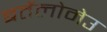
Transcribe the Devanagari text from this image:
बर्तेलोमेउ